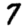
Digit: 7